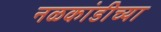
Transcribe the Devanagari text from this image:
नळकांडीच्या